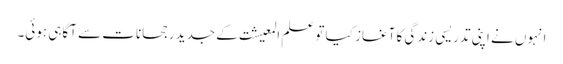
انہوں نے اپنی تدریسی زندگی کا آغاز کیا تو علم المعیشت کے جدید رجحانات سے آگاہی ہوئی۔